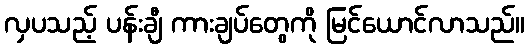
လှပသည့် ပန်းချီ ကားချပ်တွေကို မြင်ယောင်လာသည်။